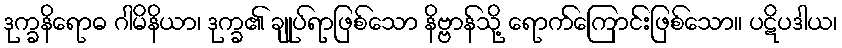
ဒုက္ခနိရောဓ ဂါမိနိယာ၊ ဒုက္ခ၏ ချုပ်ရာဖြစ်သော နိဗ္ဗာန်သို့ ရောက်ကြောင်းဖြစ်သော။ ပဋိပဒါယ၊